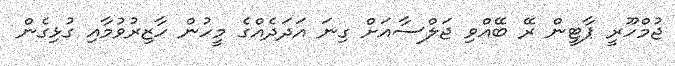
ޖުމްހޫރީ ޕާޓީން ރޭ ބޭއްވި ޖަލްސާއަށް ގިނަ އަދަދެއްގެ މީހުން ހާޒިރުވުމާއި ގުޅިގެން